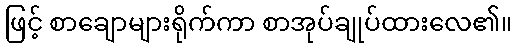
ဖြင့် စာချောများရိုက်ကာ စာအုပ်ချုပ်ထားလေ၏။